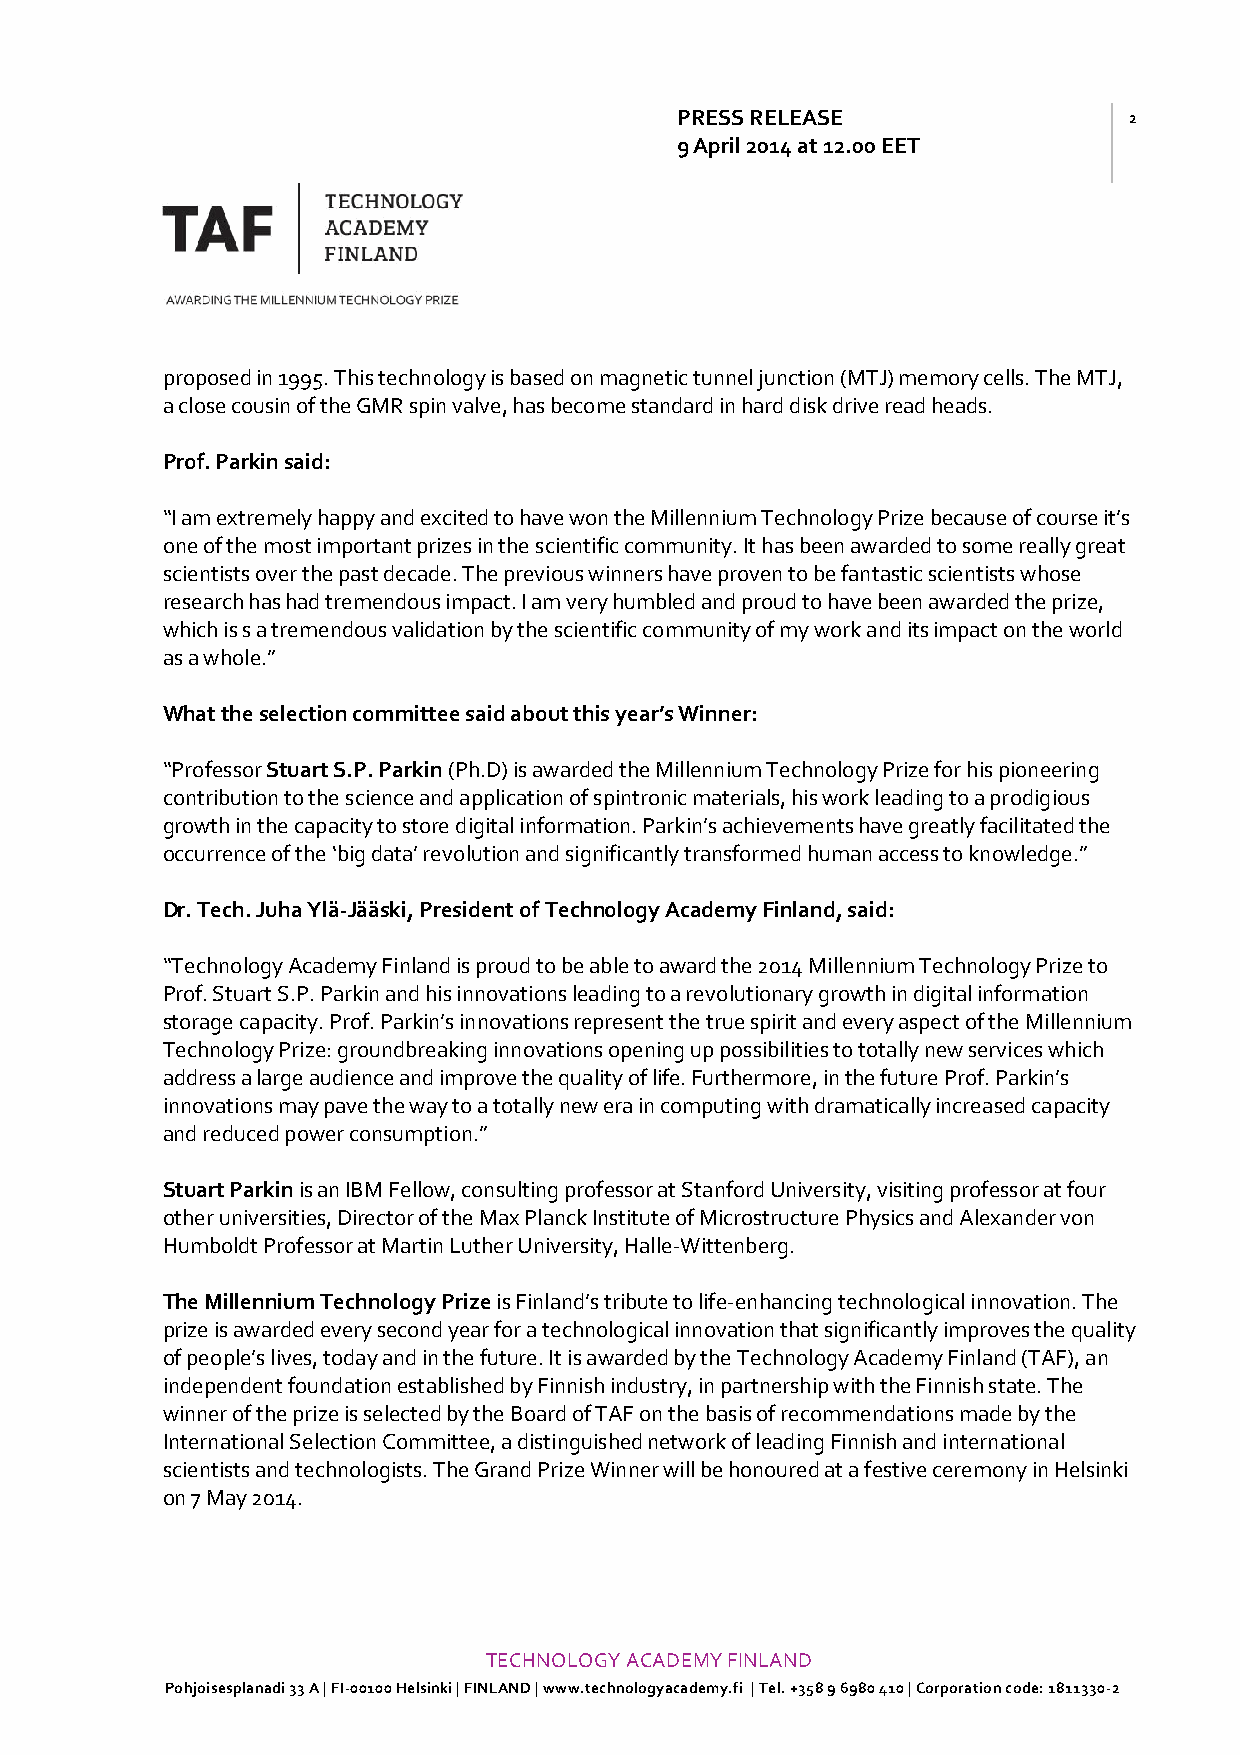
PRESS RELEASE                 2
 9 April 2014 at 12.00 EET
 proposed in 1995. This technology is based on magnetic tunnel junction (MTJ) memory cells. The MTJ,
 a close cousin of the GMR spin valve, has become standard in hard disk drive read heads.
 Prof. Parkin said:
 “I am extremely happy and excited to have won the Millennium Technology Prize because of course it’s
 one of the most important prizes in the scientific community. It has been awarded to some really great
 scientists over the past decade. The previous winners have proven to be fantastic scientists whose
 research has had tremendous impact. I am very humbled and proud to have been awarded the prize,
 which is s a tremendous validation by the scientific community of my work and its impact on the world
 as a whole.”
 What the selection committee said about this year’s Winner:
 “Professor Stuart S.P. Parkin (Ph.D) is awarded the Millennium Technology Prize for his pioneering
 contribution to the science and application of spintronic materials, his work leading to a prodigious
 growth in the capacity to store digital information. Parkin’s achievements have greatly facilitated the
 occurrence of the ‘big data’ revolution and significantly transformed human access to knowledge.”
 Dr. Tech. Juha Ylä-Jääski, President of Technology Academy Finland, said:
 “Technology Academy Finland is proud to be able to award the 2014 Millennium Technology Prize to
 Prof. Stuart S.P. Parkin and his innovations leading to a revolutionary growth in digital information
 storage capacity. Prof. Parkin’s innovations represent the true spirit and every aspect of the Millennium
 Technology Prize: groundbreaking innovations opening up possibilities to totally new services which
 address a large audience and improve the quality of life. Furthermore, in the future Prof. Parkin’s
 innovations may pave the way to a totally new era in computing with dramatically increased capacity
 and reduced power consumption.”
 Stuart Parkin is an IBM Fellow, consulting professor at Stanford University, visiting professor at four
 other universities, Director of the Max Planck Institute of Microstructure Physics and Alexander von
 Humboldt Professor at Martin Luther University, Halle-Wittenberg.
 The Millennium Technology Prize is Finland’s tribute to life-enhancing technological innovation. The
 prize is awarded every second year for a technological innovation that significantly improves the quality
 of people’s lives, today and in the future. It is awarded by the Technology Academy Finland (TAF), an
 independent foundation established by Finnish industry, in partnership with the Finnish state. The
 winner of the prize is selected by the Board of TAF on the basis of recommendations made by the
 International Selection Committee, a distinguished network of leading Finnish and international
 scientists and technologists. The Grand Prize Winner will be honoured at a festive ceremony in Helsinki
 on 7 May 2014.
 TECHNOLOGY ACADEMY FINLAND
 Pohjoisesplanadi 33 A | FI-00100 Helsinki | FINLAND | www.technologyacademy.fi | Tel. +358 9 6980 410 | Corporation code: 1811330-2